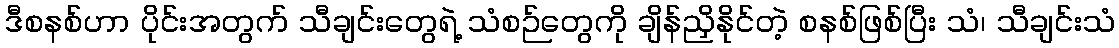
ဒီစနစ်ဟာ ပိုင်းအတွက် သီချင်းတွေရဲ့ သံစဉ်တွေကို ချိန်ညှိနိုင်တဲ့ စနစ်ဖြစ်ပြီး သံ၊ သီချင်းသံ